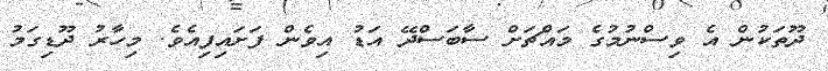
ދޫތަކުން އެ ވިސްނުމުގެ މައްޗަށް ސާބަސްދޭ އަޑު އިވެން ފަށައިފިއެވެ. މިހާރު ދޫޑިގަމު